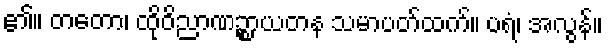
၏။ တတော၊ ထိုဝိညာဏဉ္စာယတန သမာပတ်ထက်။ ပရံ၊ အလွန်။